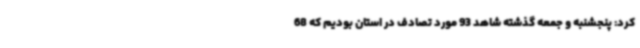
کرد: پنجشنبه و جمعه گذشته شاهد 93 مورد تصادف در استان بودیم که 68